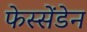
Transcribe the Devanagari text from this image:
फेस्सेंडेन